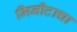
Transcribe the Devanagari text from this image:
मिनीटाचा